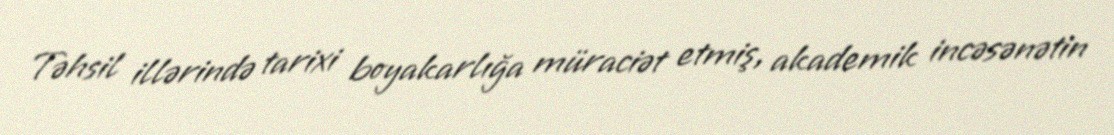
Təhsil illərində tarixi boyakarlığa müraciət etmiş, akademik incəsənətin